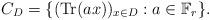
LaTeX: \begin{align*}C_{D}=\{(\mathrm{Tr}(ax))_{x\in D}:a\in \mathbb{F}_{r}\}.\end{align*}